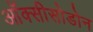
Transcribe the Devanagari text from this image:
ऑक्सीसोडोन